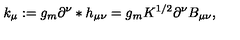
k _ { \mu } : = g _ { m } \partial ^ { \nu } * h _ { \mu \nu } = g _ { m } K ^ { 1 / 2 } \partial ^ { \nu } B _ { \mu \nu } ,